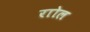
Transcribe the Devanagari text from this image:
राोल